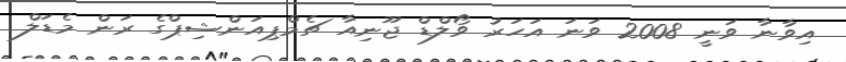
އިވާނާ ވަނީ 2008 ވަނަ އަހަރު ވޯލްޑް ޖޫނިއާ ޗެމްޕިއަންޝިޕްގެ ރަން މެޑަލް